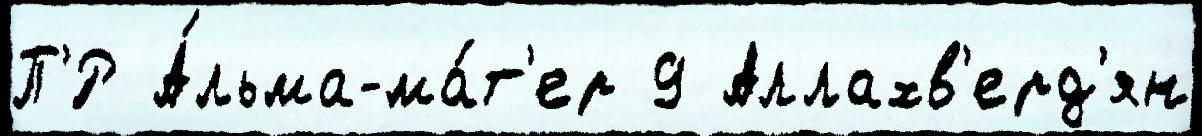
П'́Р А́льма-ма́т'ер 9 Аллахв'ерд'ян